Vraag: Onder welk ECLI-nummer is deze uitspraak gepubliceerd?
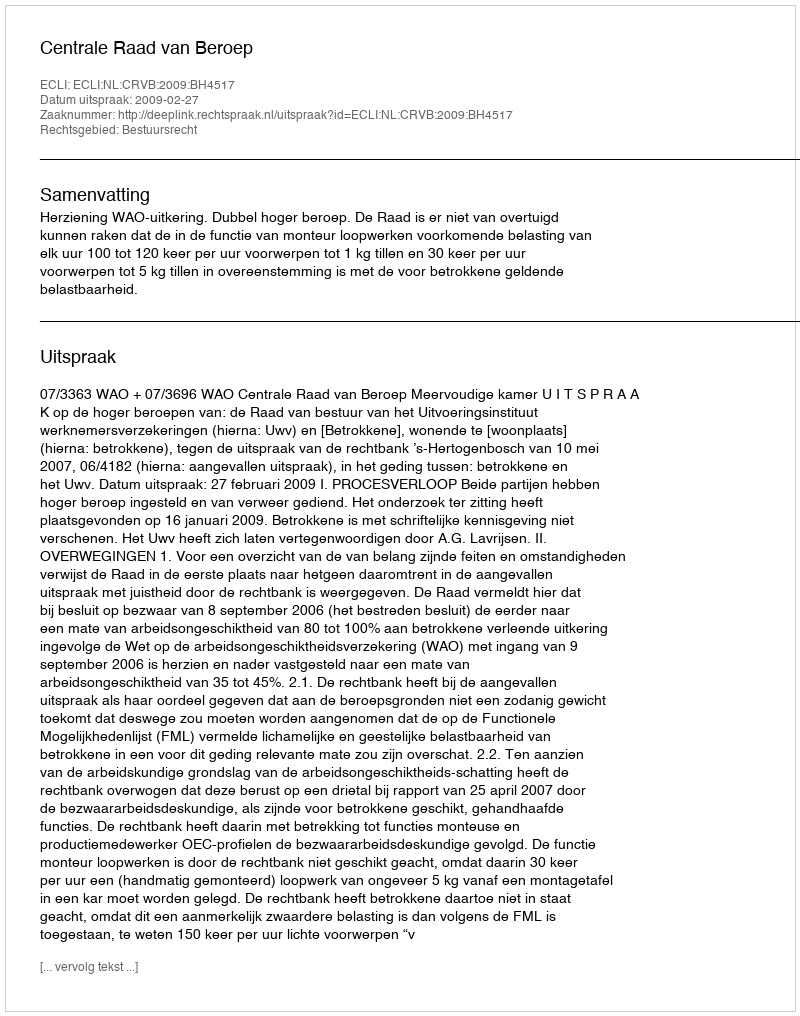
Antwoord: ECLI:NL:CRVB:2009:BH4517